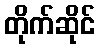
တိုက်ဆိုင်